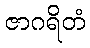
ဇာဂရိတံ